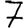
Digit: 7